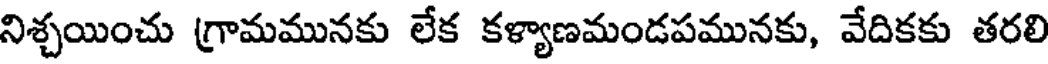
నిశ్చయించు గ్రామమునకు లేక కళ్యాణమండపమునకు, వేదికకు తరలి